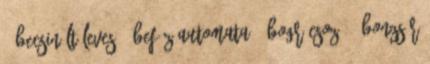
7 becsinált leves 1 befőzőautomata 2 bográcsozó 1 bonzsúr